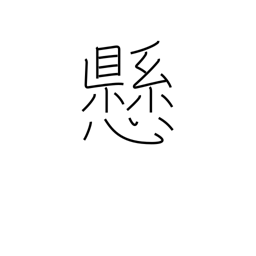
Meaning: state of suspension